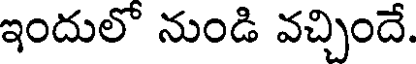
ఇందులొ నుండి వచ్చిందే.